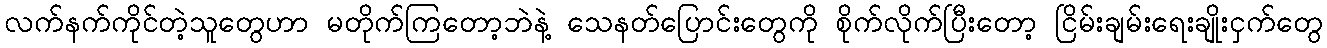
လက်နက်ကိုင်တဲ့သူတွေဟာ မတိုက်ကြတော့ဘဲနဲ့ သေနတ်ပြောင်းတွေကို စိုက်လိုက်ပြီးတော့ ငြိမ်းချမ်းရေးချိုးငှက်တွေ